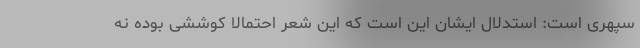
سپهری است: استدلال ایشان این است که این شعر احتمالا کوششی بوده نه